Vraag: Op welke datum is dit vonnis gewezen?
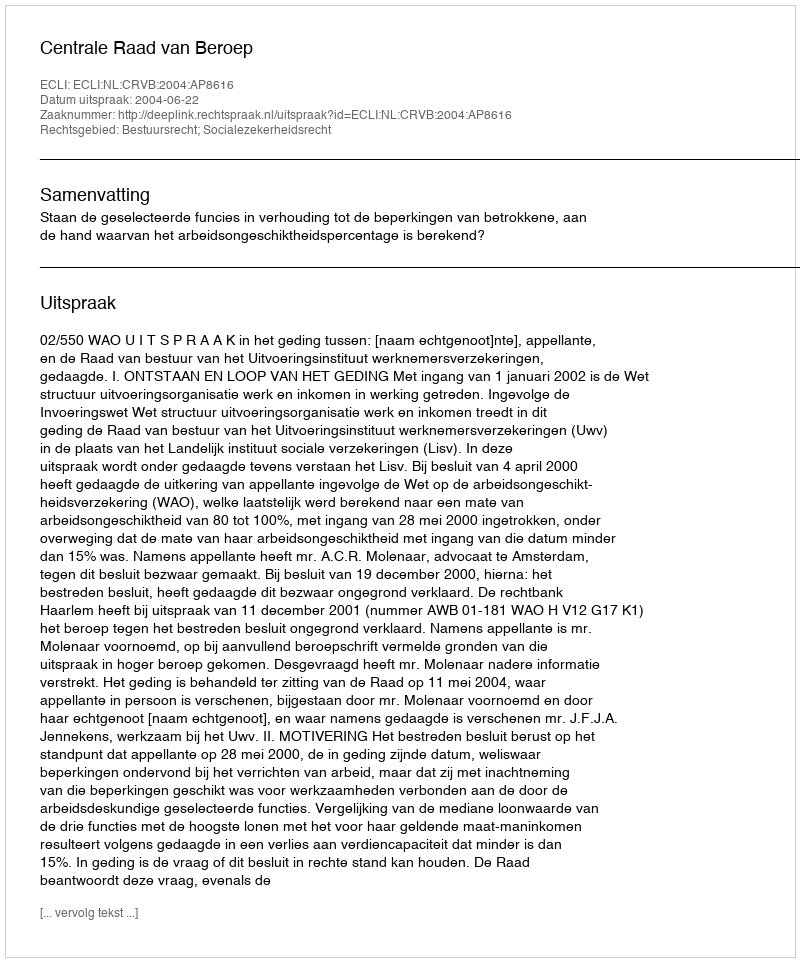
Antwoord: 2004-06-22